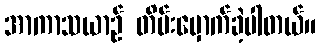
အာကာသယာဉ် တိမ်းမှောက်ခဲ့ပါတယ်။